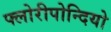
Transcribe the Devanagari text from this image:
फ्लोरीपोन्दियो